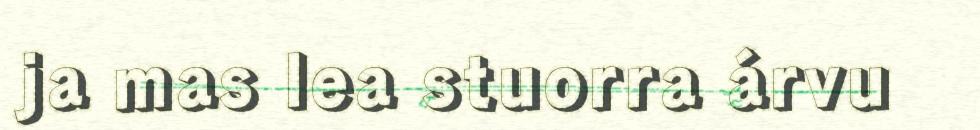
ja mas lea stuorra árvu